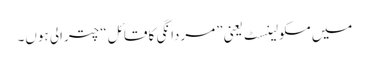
میں مسکولینِسٹ یعنی ”مردانگی کا قائل“ چترالی ہوں۔